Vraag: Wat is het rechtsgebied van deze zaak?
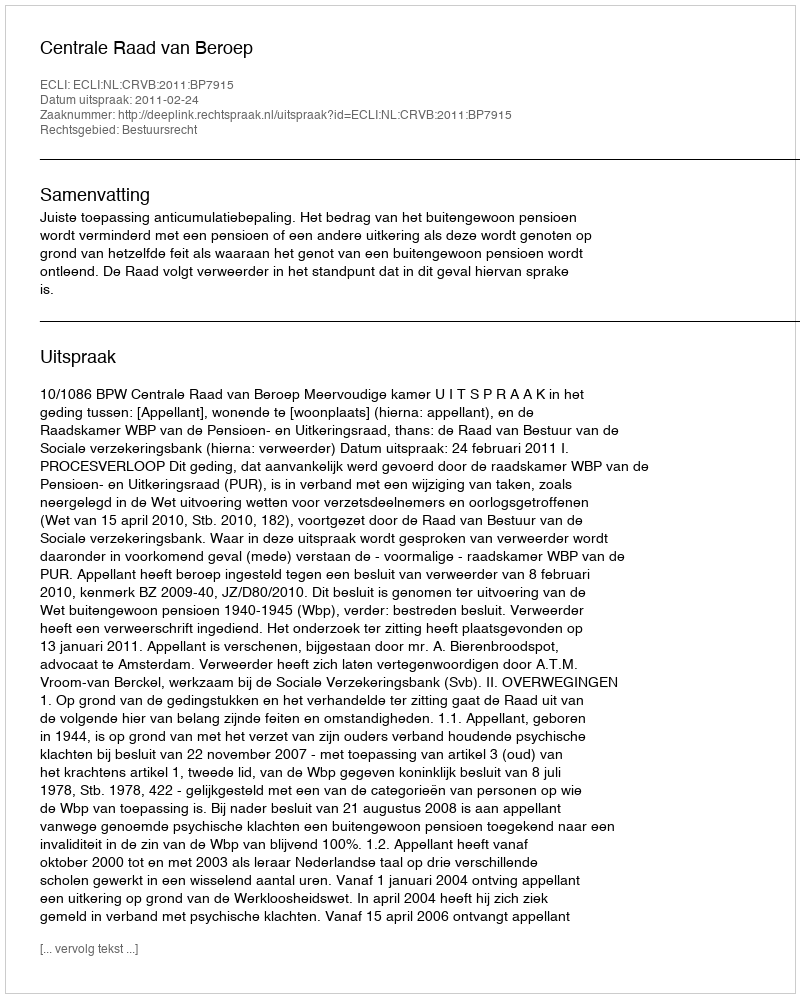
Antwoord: Bestuursrecht